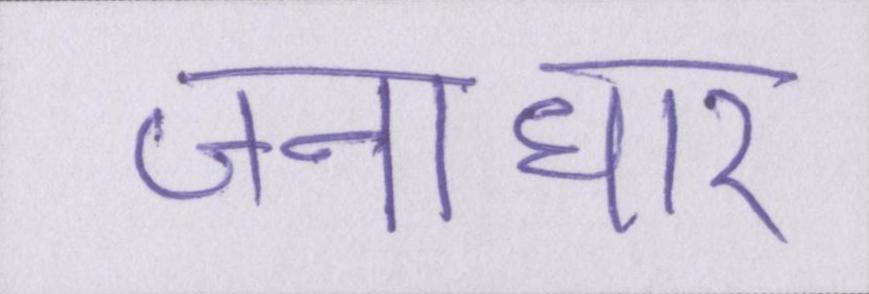
जनाधार